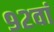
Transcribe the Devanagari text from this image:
९२वां